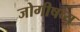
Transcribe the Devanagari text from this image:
जोगीषव्य